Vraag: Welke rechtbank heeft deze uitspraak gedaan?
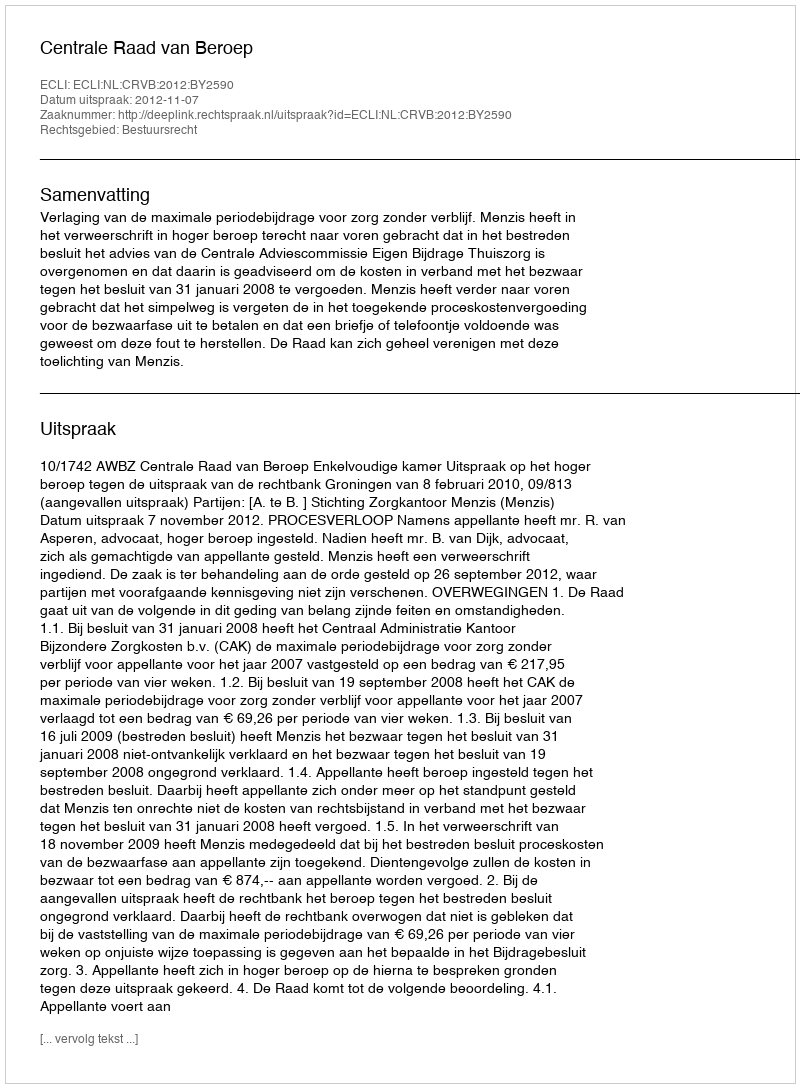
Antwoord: Centrale Raad van Beroep